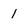
Character: 1